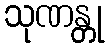
သုဏန္တု